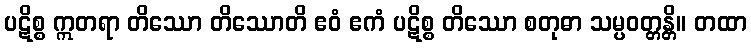
ပဋိစ္စ ဣတရာ တိဿော တိဿောတိ ဧဝံ ဧကံ ပဋိစ္စ တိဿော စတုဓာ သမ္ပဝတ္တန္တိ။ တထာ